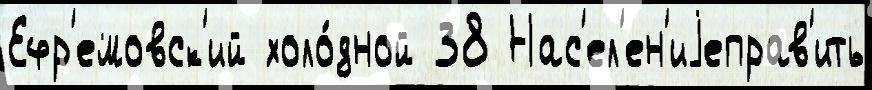
Ефр'емовск'ий холо́дной 38 Нас'ел'ен'иjеправ'ить